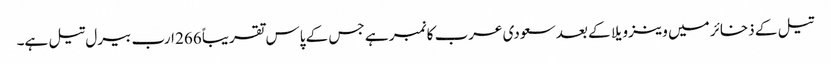
تیل کے ذخائر میں وینزویلا کے بعد سعودی عرب کا نمبر ہے جس کے پاس تقریباً 266 ارب بیرل تیل ہے۔